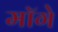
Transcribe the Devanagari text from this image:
माॅगे